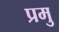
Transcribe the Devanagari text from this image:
प्रमु